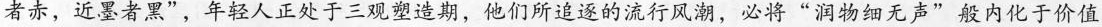
者赤，近墨者黑”，年轻人正处于三观塑造期，他们所追逐的流行风潮，必将”润物细无声”般内化于价值